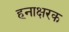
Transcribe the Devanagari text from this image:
हनाक्षरक